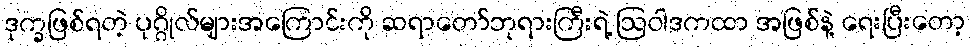
ဒုက္ခဖြစ်ရတဲ့ ပုဂ္ဂိုလ်များအကြောင်းကို ဆရာတော်ဘုရားကြီးရဲ့ ဩဝါဒကထာ အဖြစ်နဲ့ ရေးပြီးတော့